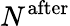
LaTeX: N^{\mathrm{after}}